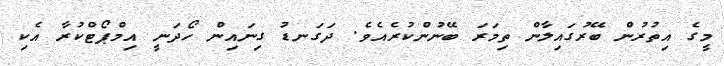
މީގެ އިތުރުން ބޭރުގައިލާން ތިމަރަ ބޭނުންކުރެއެވެ. ދަގަނޑު ގިނައިން ހޯދަނީ އިމްޕޯޓްކުރާ އެކި